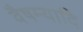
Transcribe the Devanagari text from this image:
वैषम्यादि